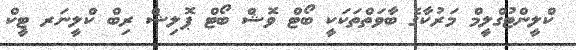
ކްލީންޓުގްލީމް މަރުކާގެ ބާވަތްތަކަކީ ބޯޓް ވޮޝް ބޯޓް ޕޮލިޝް ރިބް ކްލީނަރ ޓީކް